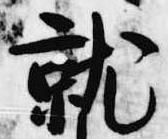
就